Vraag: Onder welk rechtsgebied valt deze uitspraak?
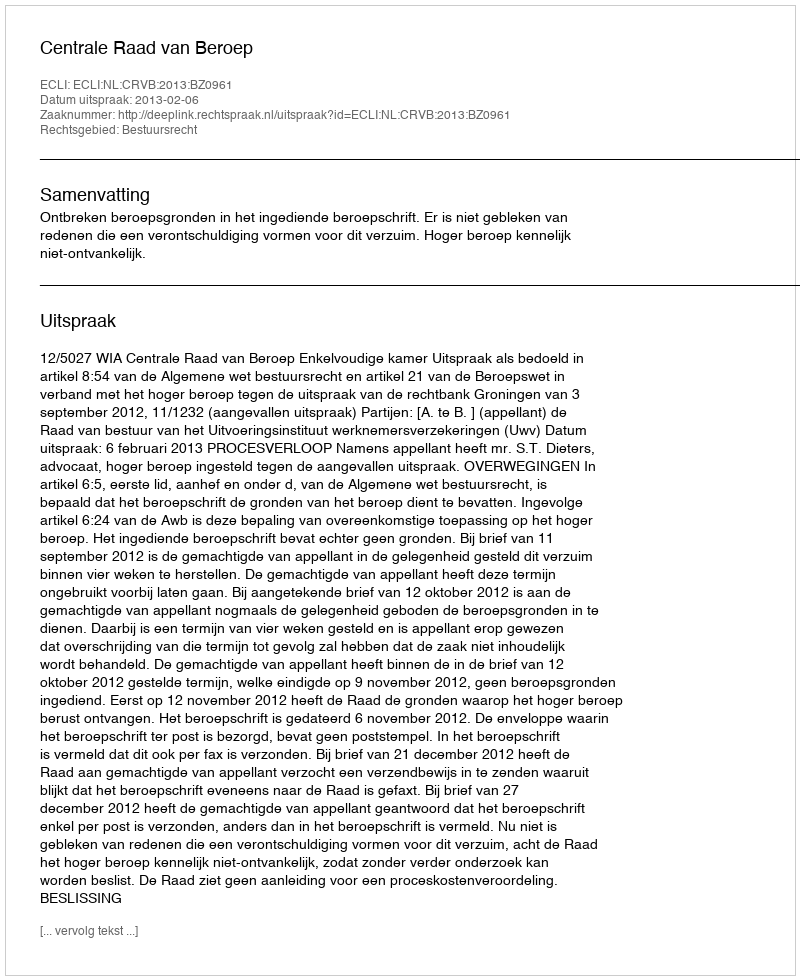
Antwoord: Bestuursrecht